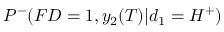
P ^ { - } ( F D = 1 , y _ { 2 } ( T ) | d _ { 1 } = H ^ { + } )